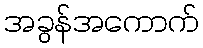
အခွန်အကောက်